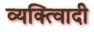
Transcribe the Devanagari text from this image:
व्यक्त्विादी